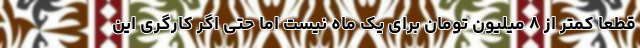
قطعا کمتر از ۸ میلیون تومان برای یک ماه نیست اما حتی اگر کارگری این